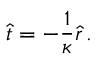
\hat { t } = - \frac { 1 } { \kappa } \hat { r } \, .